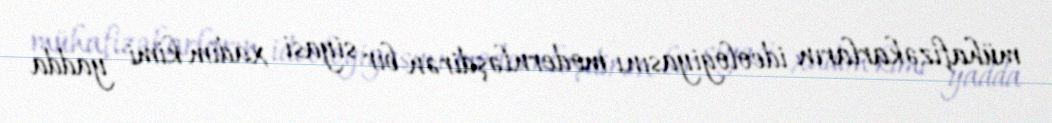
mühafizəkarların ideologiyasını modernləşdirən bir siyasi xadim kimi yadda